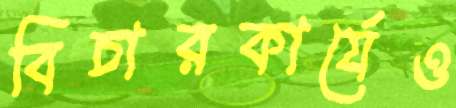
বিচারকার্যেও